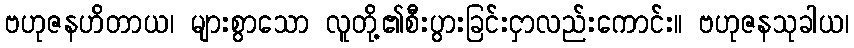
ဗဟုဇနဟိတာယ၊ များစွာသော လူတို့၏စီးပွားခြင်းငှာလည်းကောင်း။ ဗဟုဇနသုခါယ၊